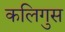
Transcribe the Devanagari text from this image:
कलिगुस